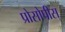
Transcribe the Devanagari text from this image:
प्रोसोपीस्